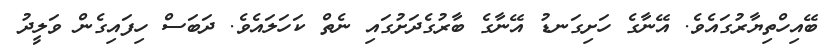
ބޭއިހްތިޔާރުގައެވެ. އޭނާގެ ހަށިގަނޑު އޭނާގެ ބާރުގެދަށުގައި ނެތް ކަހަލައެވެ. ދަބަސް ހިފައިގެން ވަލީދު